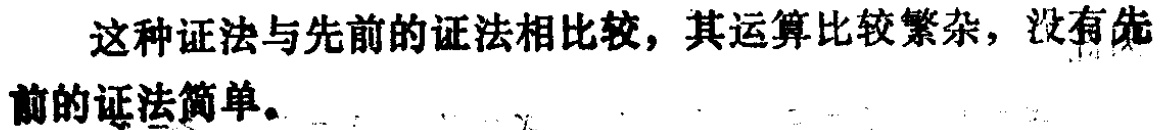
这种证法与先前的证法相比较，其运算比较繁杂，没有先前的证法简单。